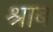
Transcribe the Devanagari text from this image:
श्राब